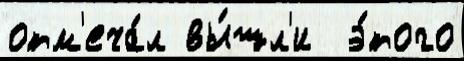
отм'еча́л вы́шл'и  э́того